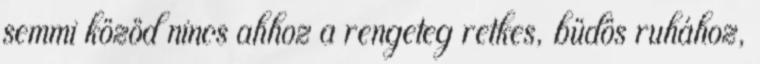
semmi közöd nincs ahhoz a rengeteg retkes, büdös ruhához,